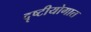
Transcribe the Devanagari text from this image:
दृष्टीयोगात